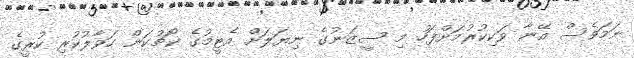
ނަމަވެސް އޭނާ ވަކިކުރުމަށްފަހު މި ސީޒަނުގެ ނިޔަލަށް އެޓީމުގެ ކޯޗުކަން ހަވާލުކުރި ކުރީގެ